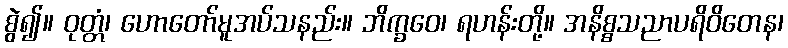
စွဲ၍။ ဝုတ္တံ၊ ဟောတော်မူအပ်သနည်း။ ဘိက္ခဝေ၊ ရဟန်းတို့။ အနိစ္စသညာပရိဝိတေန၊